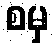
စမှ